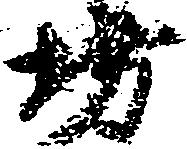
坊